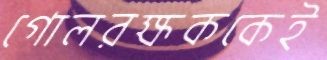
গোলরক্ষককেই